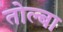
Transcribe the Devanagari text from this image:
तोल्बा